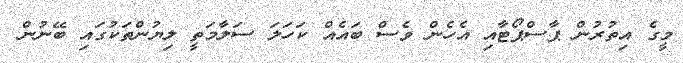
މީގެ އިތުރުން ޕާސްޕޯޓާއި އެހެން ވެސް ބައެއް ކަހަލަ ސަލާމަތީ ލިޔުންތަކުގައި ބޭނުން